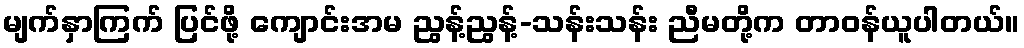
မျက်နှာကြက် ပြင်ဖို့ ကျောင်းအမ ညွန့်ညွန့်-သန်းသန်း ညီမတို့က တာဝန်ယူပါတယ်။